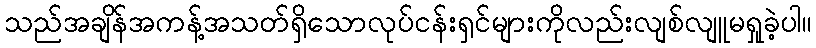
သည်အချိန်အကန့်အသတ်ရှိသောလုပ်ငန်းရှင်များကိုလည်းလျစ်လျူမရှုခဲ့ပါ။